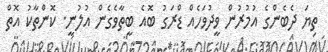
ތިޔަ ދެބެންގެ އުމުރުން ވީދުވަހެއް ޑްރަގު ބޮއެ ބީތާވެގެން އުލުނީ. ކޮންތާކު އޮތް